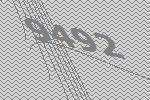
9492